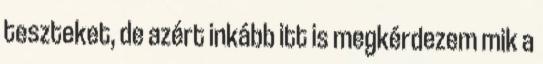
teszteket, de azért inkább itt is megkérdezem mik a